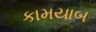
કામયાબ